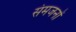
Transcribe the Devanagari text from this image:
संमजनों